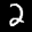
Label: 2